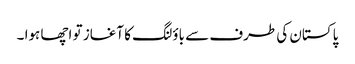
پاکستان کی طرف سے باؤلنگ کا آغاز تو اچھا ہوا ۔